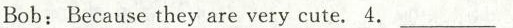
Bob;Because they are very cute.4. ___